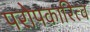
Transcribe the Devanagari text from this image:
परोपकारित्व